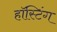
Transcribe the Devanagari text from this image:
हॉस्टिंग